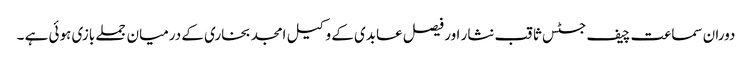
دوران سماعت چیف جسٹس ثاقب نثار اور فیصل عابدی کے وکیل امجد بخاری کے درمیان جملے بازی ہوئی ہے ۔